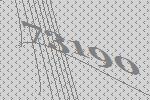
73190